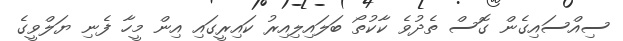
ސިއްސައިގެން ގޮސް ތެދުވެ ކާކުތޯ ބަލައިލިއިރު ކައިރީގައި އިން މީހާ ފެނި ޔަލްވީގެ